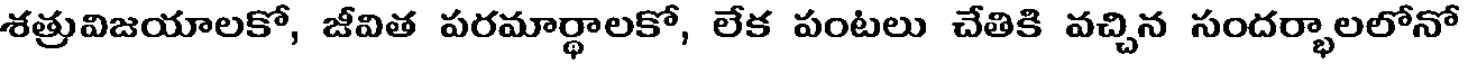
శత్రువిజయాలకో, జీవిత పరమార్థాలకో, లేక పంటలు చేతికి వచ్చిన సందర్భాలలోనో